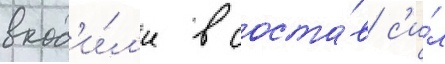
вход'и́л'и в соста́в с'и́л